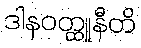
ဒါနဝတ္ထူနီတိ